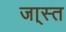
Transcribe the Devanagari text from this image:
जा्स्त